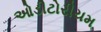
ઓડીટોરીયમ